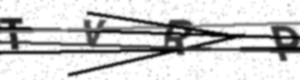
Text: TVRP